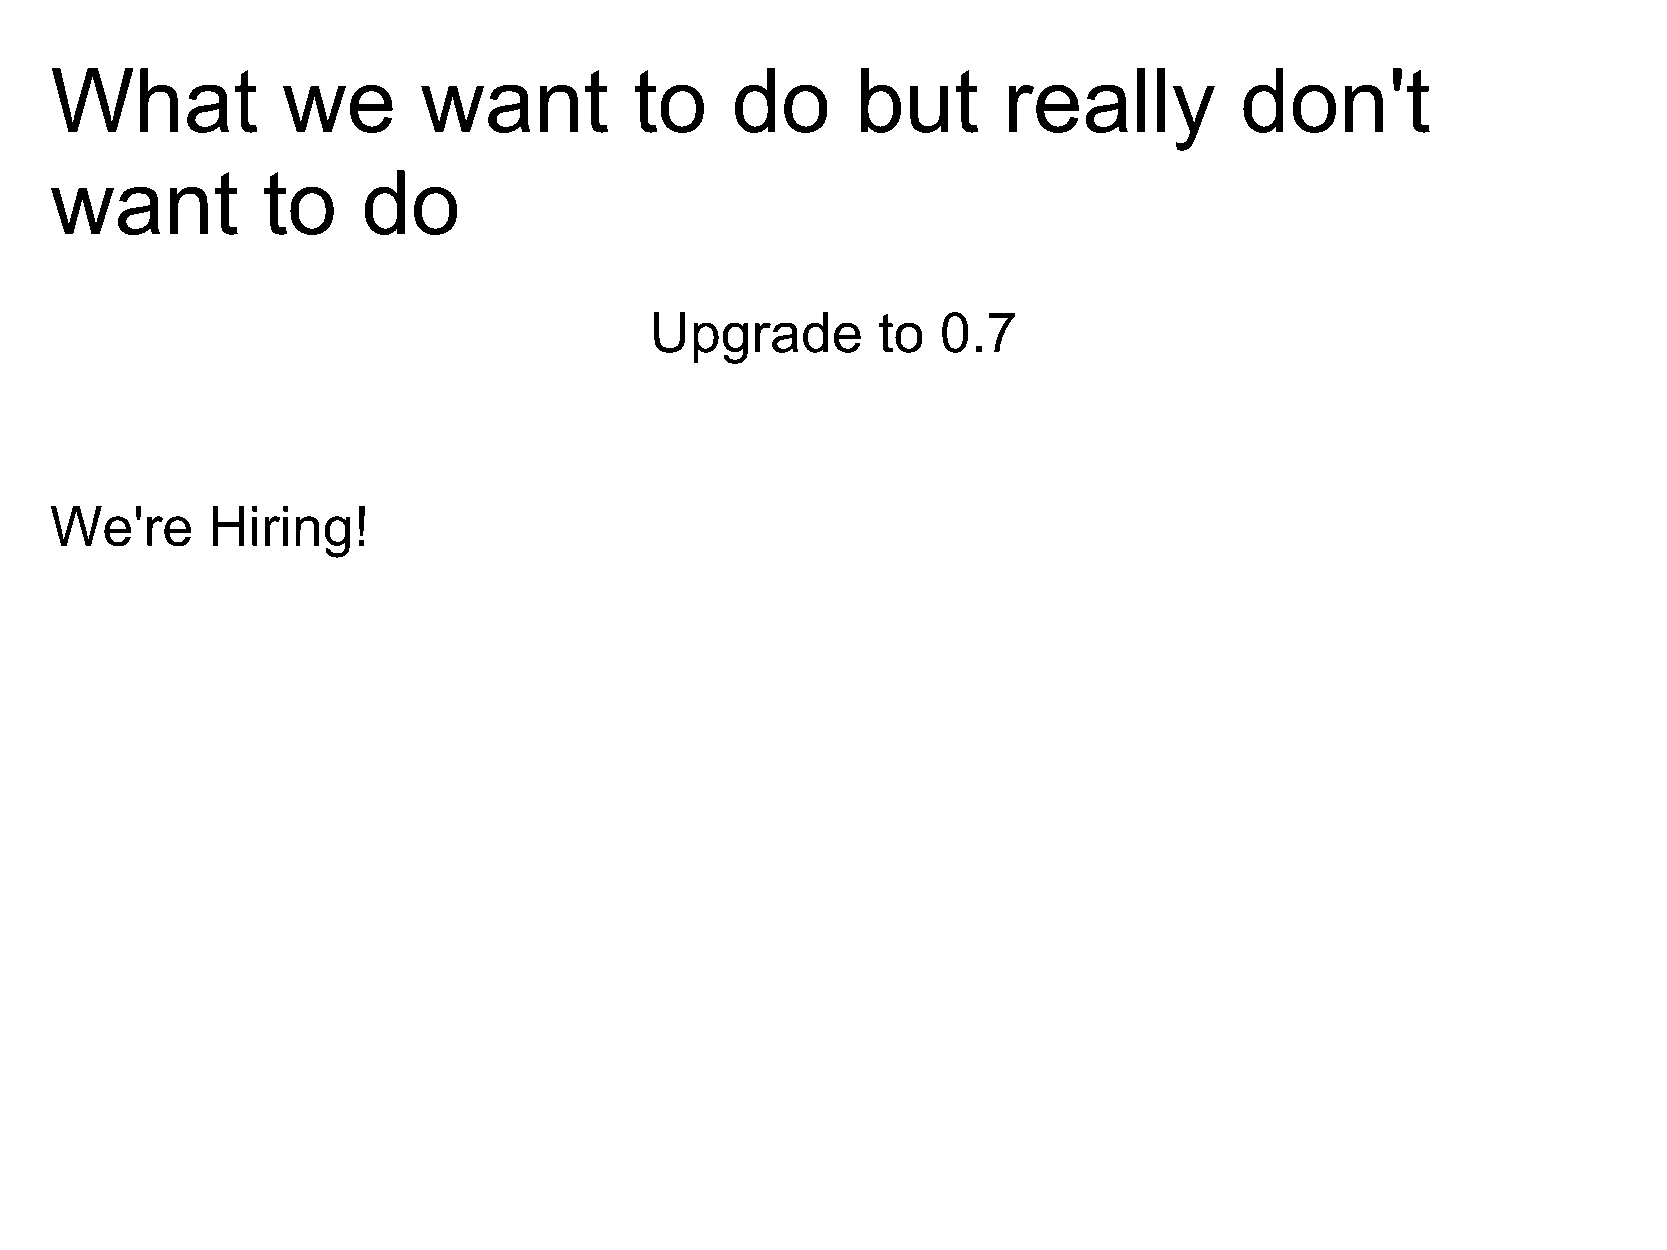
What            we       want          to    do       but      really          don't
 want          to     do
 Upgrade        to  0.7
 We're      Hiring!